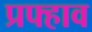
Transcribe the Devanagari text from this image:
प्रफ्हाव